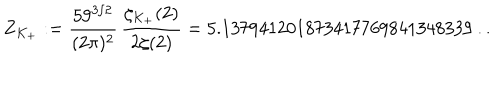
Z _ { K _ { + } } : = \frac { 5 9 ^ { 3 / 2 } } { ( 2 \pi ) ^ { 2 } } \, \frac { \zeta _ { K _ { + } } ( 2 ) } { 2 \zeta ( 2 ) } = 5 . 1 3 7 9 4 1 2 0 1 8 7 3 4 1 7 7 6 9 8 4 1 3 4 8 3 3 9 \ldots